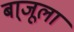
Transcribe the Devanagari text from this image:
बा्जूला